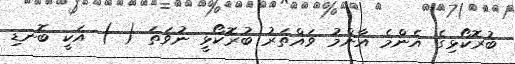
ބުރޮކޯޅިގެ އެންމެ އާންމު ވައްތަރު ބުރޮކޯޅީ ނުވަތަ ( ) އަކީ ބޮނޑި